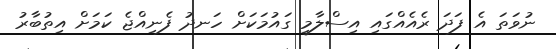
ނުވަތަ އެ ފަދަ ރެއެއްގައި އިސްލާމީ ގައުމަކަށް ހަނދު ފެނިއްޖެ ކަމަށް އިތުބާރު